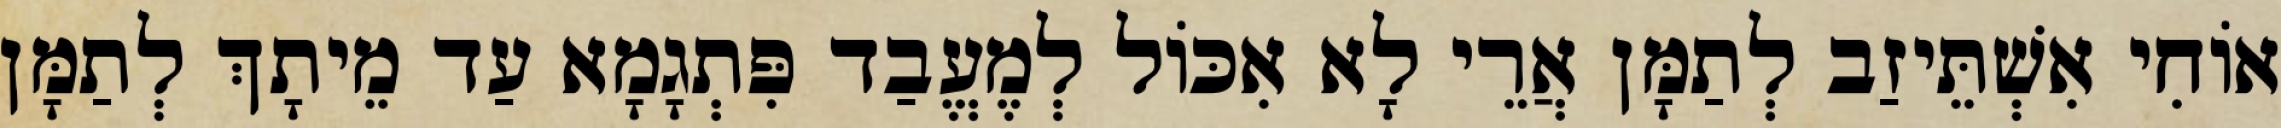
אוֹחִי אִשְׁתֵּיזַב לְתַמָּן אֲרֵי לָא אִכּוֹל לְמֶעֱבַד פִּתְגָמָא עַד מֵיתָךְ לְתַמָּן